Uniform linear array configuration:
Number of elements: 4
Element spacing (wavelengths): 0.5
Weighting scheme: hann
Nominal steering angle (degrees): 30
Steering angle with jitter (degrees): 29.001
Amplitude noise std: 0.05
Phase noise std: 0.05

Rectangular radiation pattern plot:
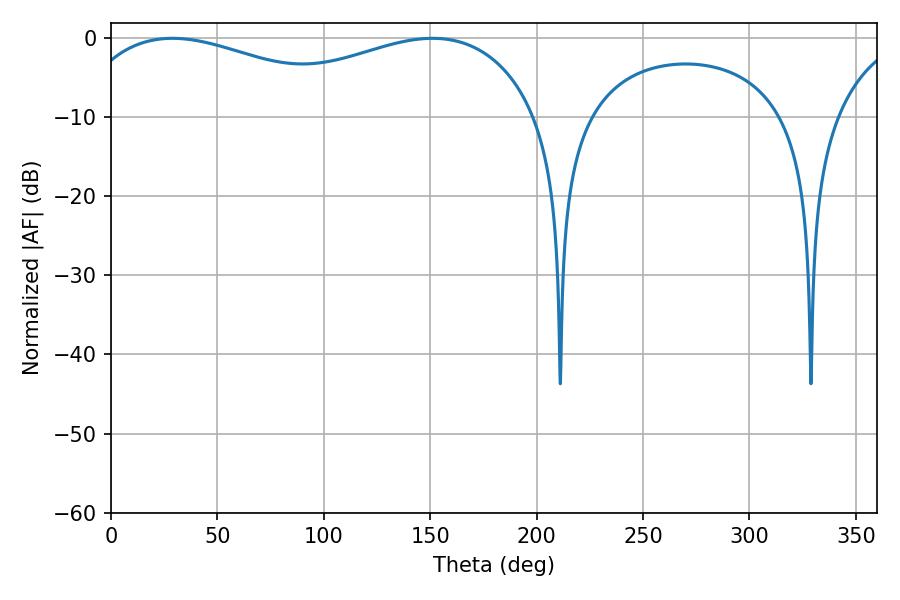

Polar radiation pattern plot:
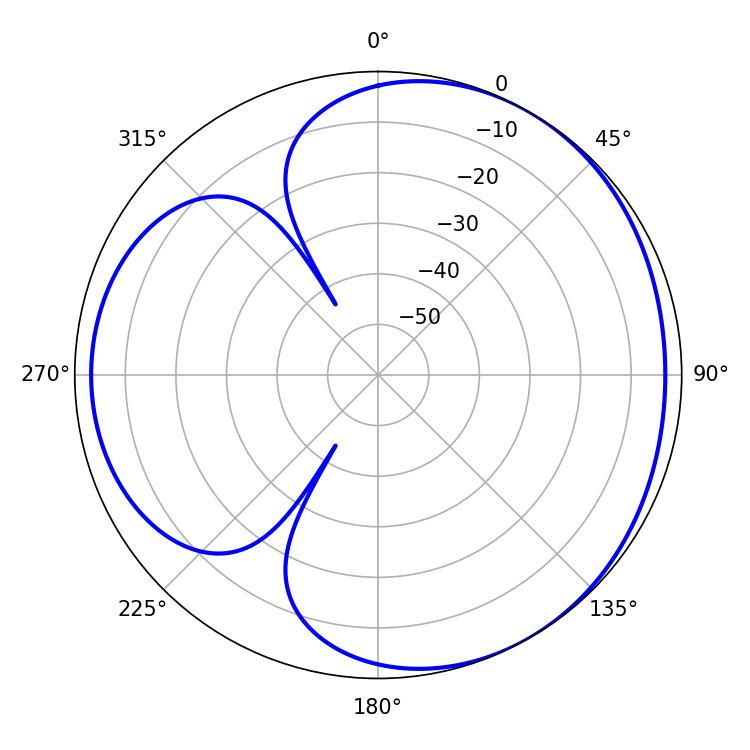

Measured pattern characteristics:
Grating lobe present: FALSE
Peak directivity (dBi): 3.502
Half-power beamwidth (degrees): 79.38
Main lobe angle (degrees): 28.98